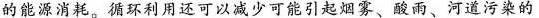
的能源消耗。 环利照还可以减少可能引起烟雾、酸雨、河道污染的